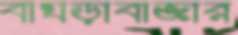
বাঘড়াবাজার